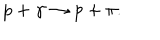
p + \gamma \rightarrow p + \pi .